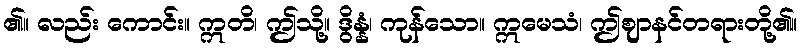
၏။ လည်း ကောင်း။ ဣတိ၊ ဤသို့။ ဒွိန္နံ၊ ကုန်သော။ ဣမေသံ၊ ဤဈာနင်တရားတို့၏။